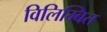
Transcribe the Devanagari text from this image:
विलिम्बित